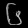
Digit: ၆